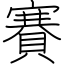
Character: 賽